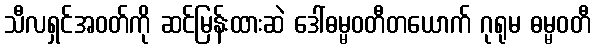
သီလရှင်အဝတ်ကို ဆင်မြန်းထားဆဲ ဒေါ်ဓမ္မဝတီတယောက် ဂုရုမ ဓမ္မဝတီ